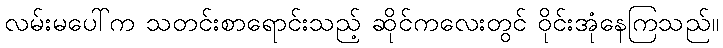
လမ်းမပေါ်က သတင်းစာရောင်းသည့် ဆိုင်ကလေးတွင် ဝိုင်းအုံနေကြသည်။